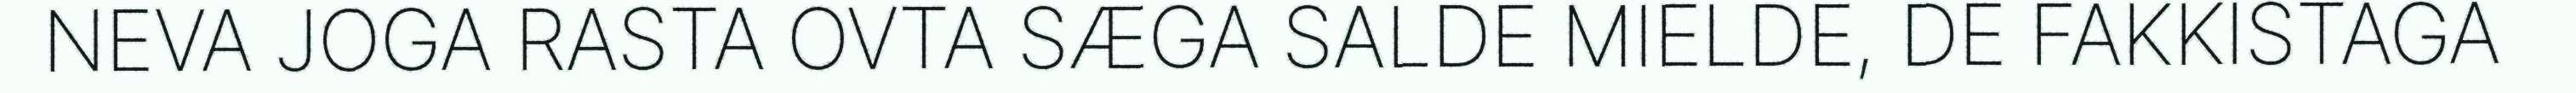
NEVA JOGA RASTA OVTA SÆGA SALDE MIELDE, DE FAKKISTAGA